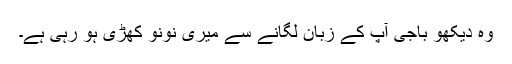
وہ دیکھو باجی آپ کے زبان لگانے سے میری نونو کھڑی ہو رہی ہے۔